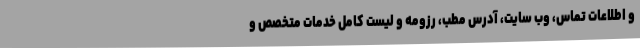
و اطلاعات تماس، وب سایت، آدرس مطب، رزومه و لیست کامل خدمات متخصص و